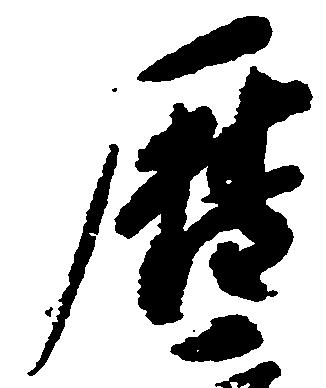
暦